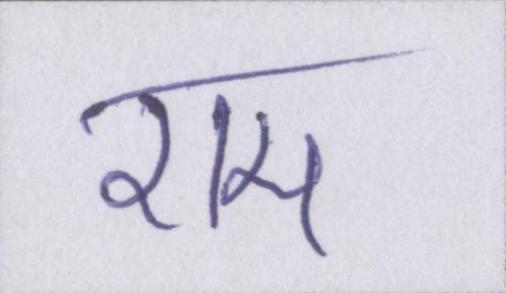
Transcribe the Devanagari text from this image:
राम